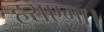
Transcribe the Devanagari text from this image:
हराएगा।